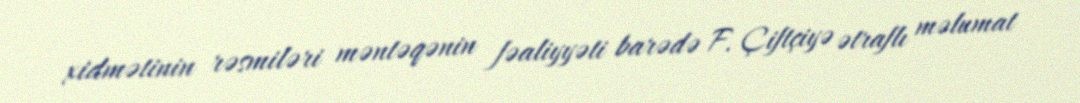
xidmətinin rəsmiləri məntəqənin fəaliyyəti barədə F. Çiftçiyə ətraflı məlumat